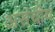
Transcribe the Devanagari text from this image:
असंचीय